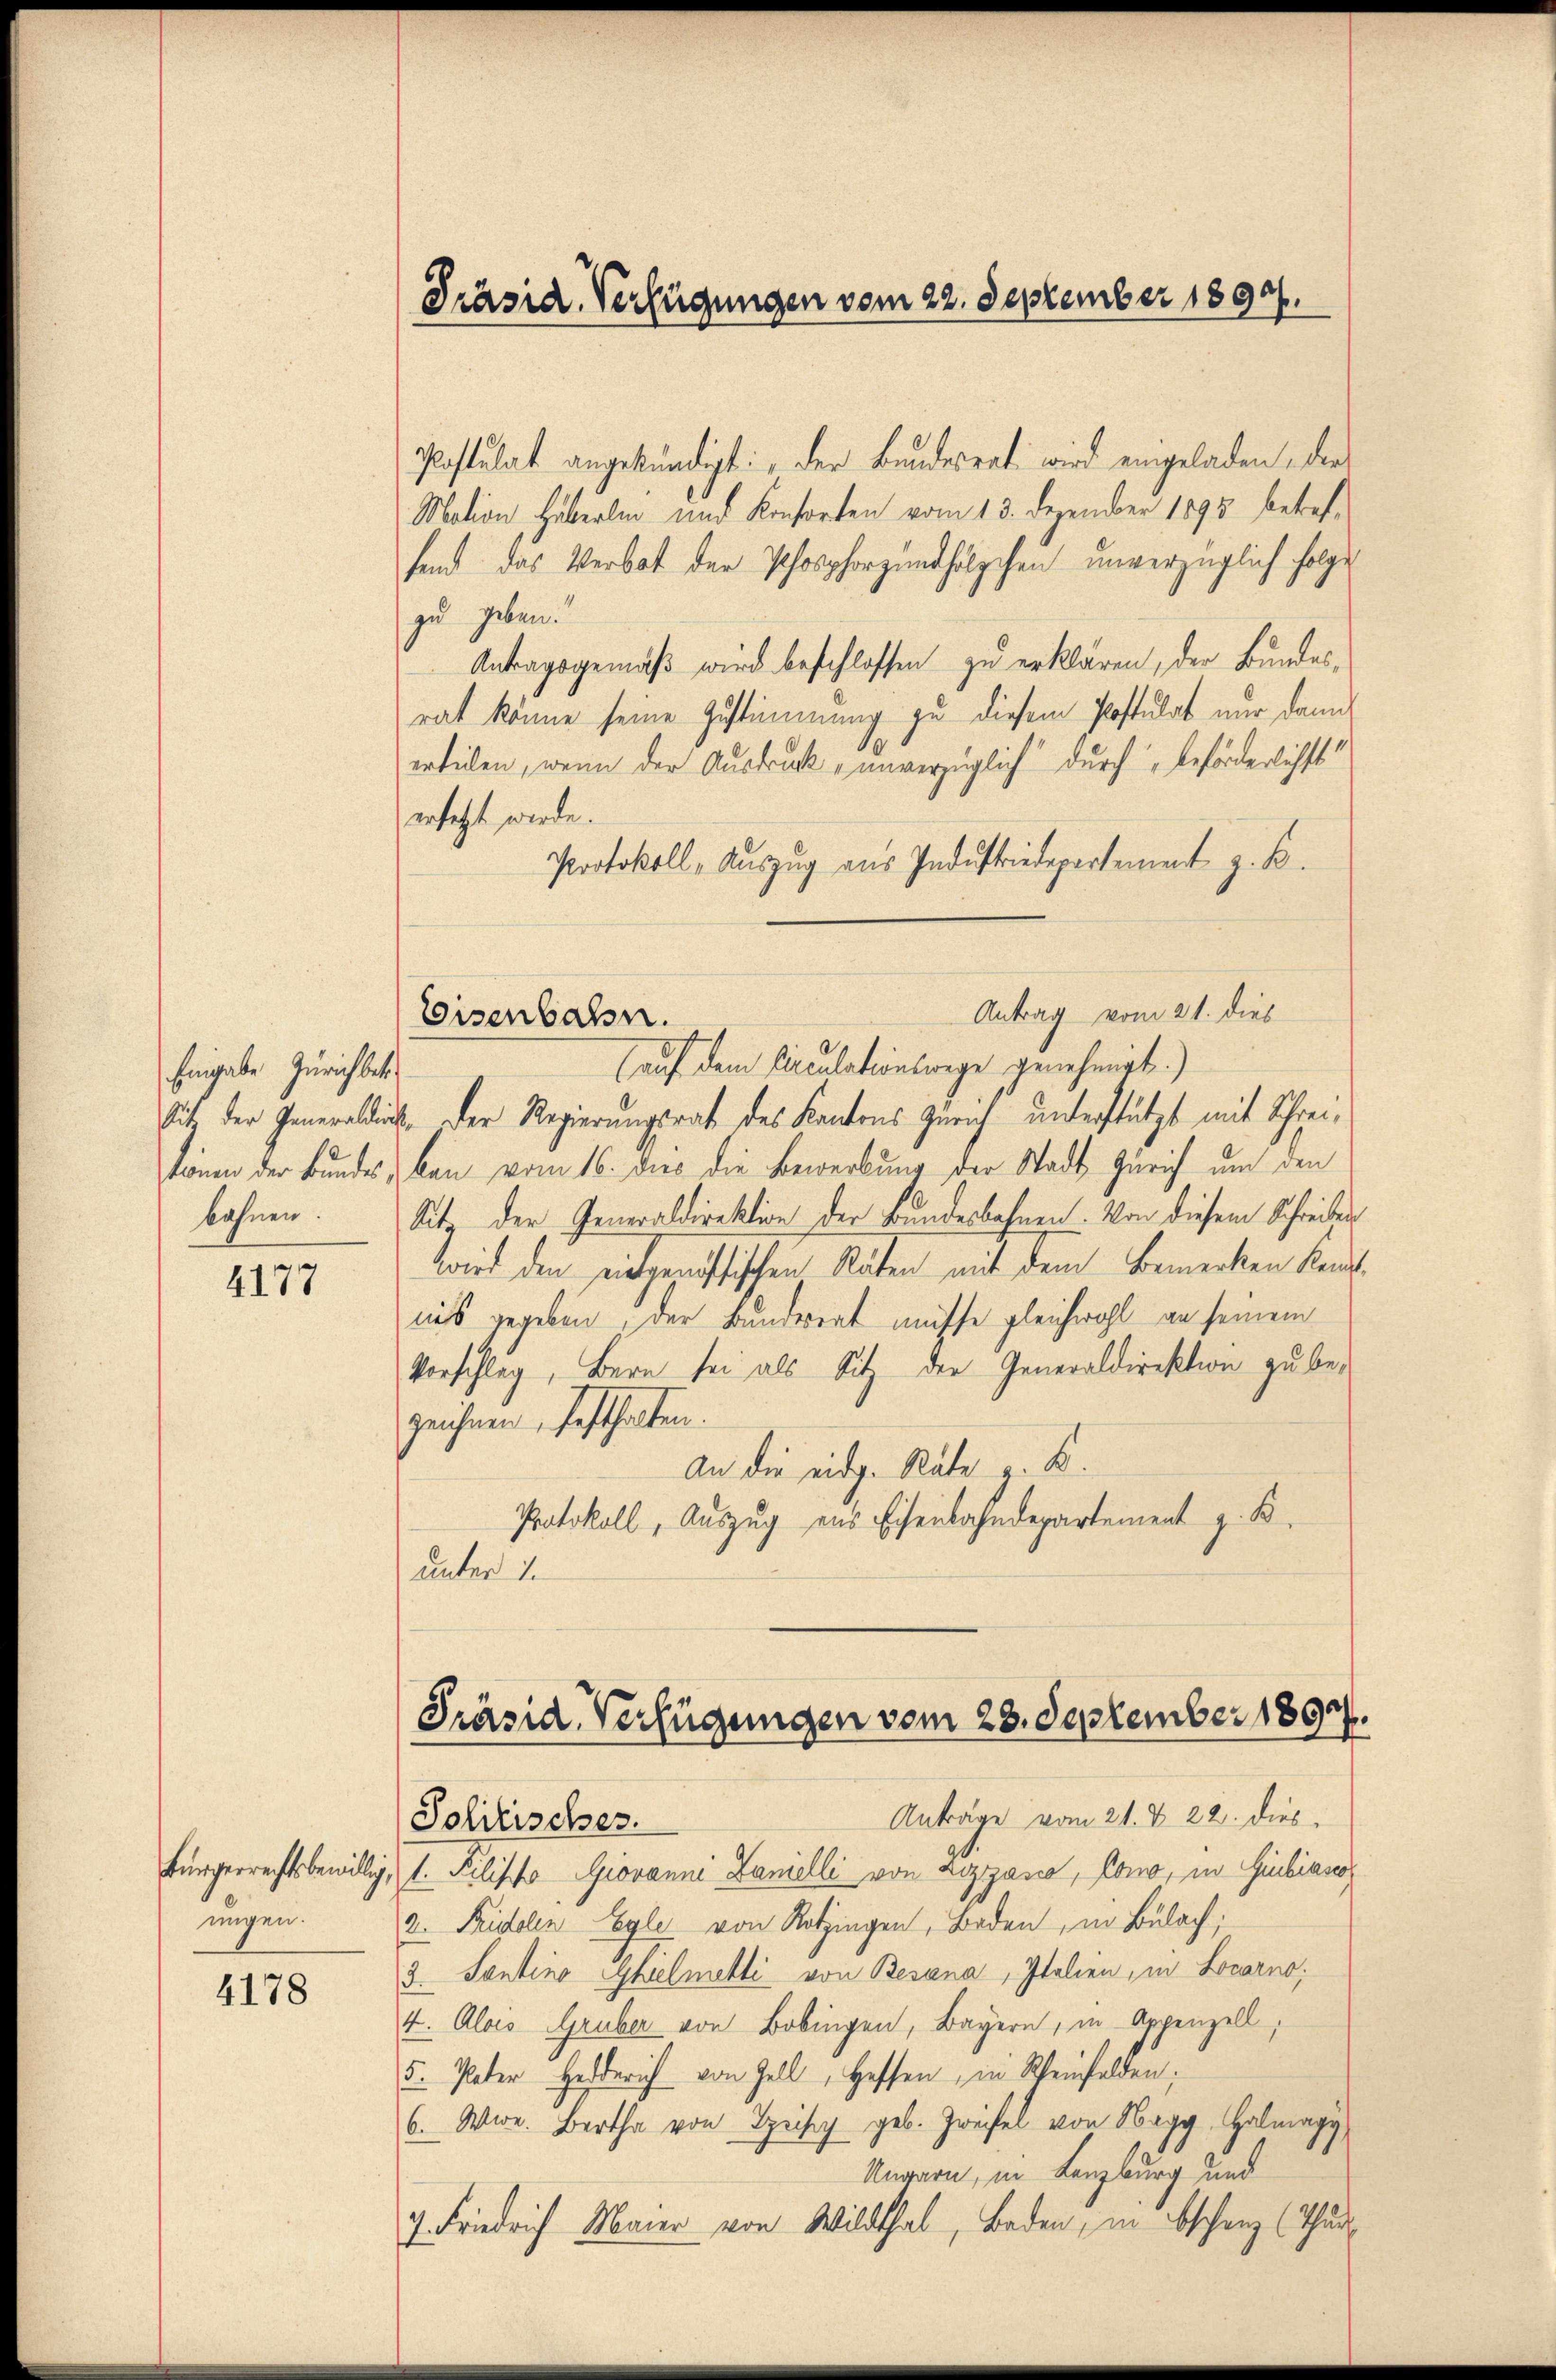
Eingabe Zürichbet
bahnen.

4177

nügen.

4178

Präsid. Verfügungen vom 22. September 1894.

Jolitisches.

Eisenbahn.

Postulat angekündigt: „Der Bundesrat wird eingeladen, die
Mation, Häberlin und Konsorten vom 13. Dezember 1895 betreffend das Verbot der Phosphorzundhölzchen unverzüglich folge
zu geben.
Antragsgemäß wird beschlossen zu erklären, der Bundes-
rat könne seine Zustimmung zu diesem Postulat nur dann
ertillen, wenn der Ausdruck, unverzüglich durch, beförderlichst
ersetzt werde.
Protokoll - Auszug aus Industriedepartement z. B.
Antrag vom 21. dies
auf dem Circulationswege genehmigt.)
Sit der Generaldick. Der Regierungsrath des Kantons Zürich unterstützt mit Schreikönen der Bundes, kan vom 16. dies die Bewerbung der Stadt Zürich um den
Sit der Generaldirektion der Bundesbahnen. Von diesem Schreiben
zwird den eingenössischen Räten mit dem Bemerken kenntnis gegeben, der Bunderrat müsse gleichwohl an seinem
Vorschlag, Bern sei als Sitz der Generaldirektion zu bezeichnen, festhalten.
An die eidg. Räte z. B.
Protokoll, Auszug aus Eisenbahndepartement z. B.
unter 1.

Präsid. Verfügungen vom 23. September 1890.

Anträge vom 21. & 22. dies
bürgerrechtsbewillig, 1. Pilisto Giovanni Danielli von Lizzana, Como, in Giubiasco
a. Fridolen Eyle von Rotzingen, Baden, in Bülach,
3 Sentino Ghielmetti von Besana, Italien, in Locarno;
4. Alois Gruber von Bobingen, Bayern, in Appenzell,
5. Pater Heiderich von Zell, Heffen, in Rheinfelden;
6. Wire. Bartha von Speisig geb. Zweifel von Negg, Halmagy
Ungarn, in Lenzburg und
7. Friedrich Maier von Wildthal, Baden, in beschenz (Thur